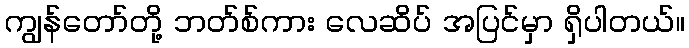
ကျွန်တော်တို့ ဘတ်စ်ကား လေဆိပ် အပြင်မှာ ရှိပါတယ်။